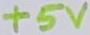
Text: +5V